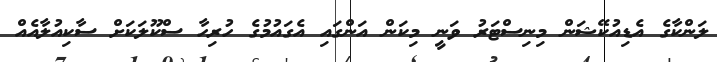
ލަންކާގެ އެޑިއުކޭޝަން މިނިސްޓަރު ވަނީ މިކަން އަންގައި އެގައުމުގެ ހުރިހާ ސްކޫލަކަށް ސާކިއުލާއެއް